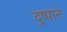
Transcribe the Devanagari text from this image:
दुष्पानं